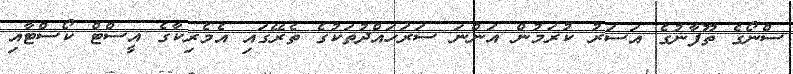
ސްނޯގެ ތޫފާނުގެ އަސަރު ކުރަމުން އަންނަ ސަރަހައްދުތަކުގެ ތެރޭގައި އެމެރިކާގެ އީސްޓް ކޯސްޓާއި